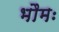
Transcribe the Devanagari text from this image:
भौमः